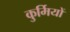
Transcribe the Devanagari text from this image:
कुर्मियों